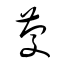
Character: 慶